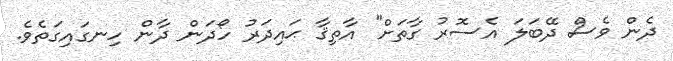
ދެން ވެސް ދޭބަލަ އެސޮރު ގާތަށް" އާތިޤާ ޙައިދަރު ހޯދަން ދާން ހިނގައިގަތެވެ.